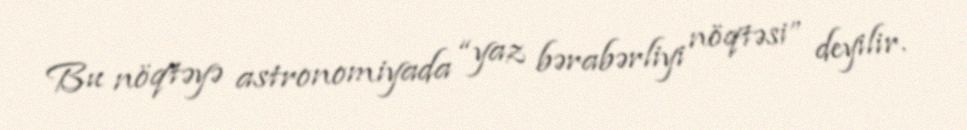
Bu nöqtəyə astronomiyada “yaz bərabərliyi nöqtəsi” deyilir.